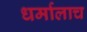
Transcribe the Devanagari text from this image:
धर्मालाच